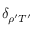
\delta _ { \rho ^ { \prime } T ^ { \prime } }